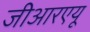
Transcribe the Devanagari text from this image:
जीआरएयू